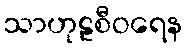
သာဟုဠစီဝရေန